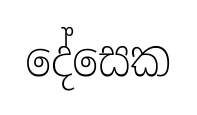
දේසෙක